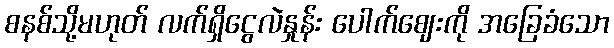
စနစ်သို့မဟုတ် လက်ရှိငွေလဲနှုန်း ပေါက်ဈေးကို အခြေခံသော